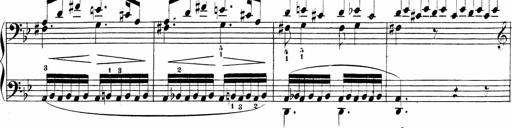
Title: Sonatinas
Composer: Andrew Violette